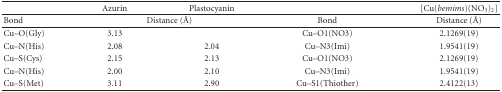
|  | Azurin | Plastocyanin |  | [Cu(bemims)(NO3)2] |
 | --- | --- | --- | --- | --- |
 | Bond | <COLSPAN=2> Distance (Å) | Bond | Distance (Å) |
 | Cu–O(Gly) | 3.13 |  | Cu–O1(NO3) | 2.1269(19) |
 | Cu–N(His) | 2.08 | 2.04 | Cu–N3(Imi) | 1.9541(19) |
 | Cu–S(Cys) | 2.15 | 2.13 | Cu–O1(NO3) | 2.1269(19) |
 | Cu–N(His) | 2.00 | 2.10 | Cu–N3(Imi) | 1.9541(19) |
 | Cu–S(Met) | 3.11 | 2.90 | Cu–S1(Thiother) | 2.4122(13) |